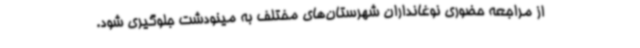
از مراجعه حضوری نوغانداران شهرستان‌های مختلف به مینودشت جلوگیری شود.